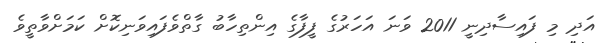
އަދި މި ފައިސާދިނީ 2011 ވަނަ އަހަރުގެ ފީފާގެ އިންތިހާބު ގާތްވެފައިވަނިކޮށް ކަމަށްވާތީވެ